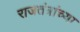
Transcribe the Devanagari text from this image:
राजतंत्रांच्या